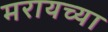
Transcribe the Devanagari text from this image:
मरायच्या